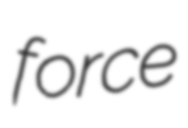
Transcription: force